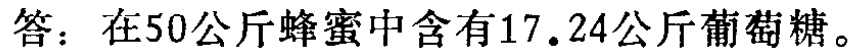
答：在50公斤蜂蜜中含有17.24公斤葡萄糖。